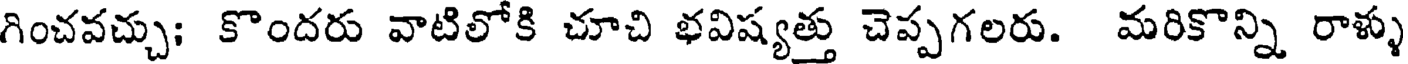
గించవచ్చు; కొందరు వాటిలోకి చూచి భవిష్యత్తు చెప్పగలరు. మరికొన్ని రాళ్ళు